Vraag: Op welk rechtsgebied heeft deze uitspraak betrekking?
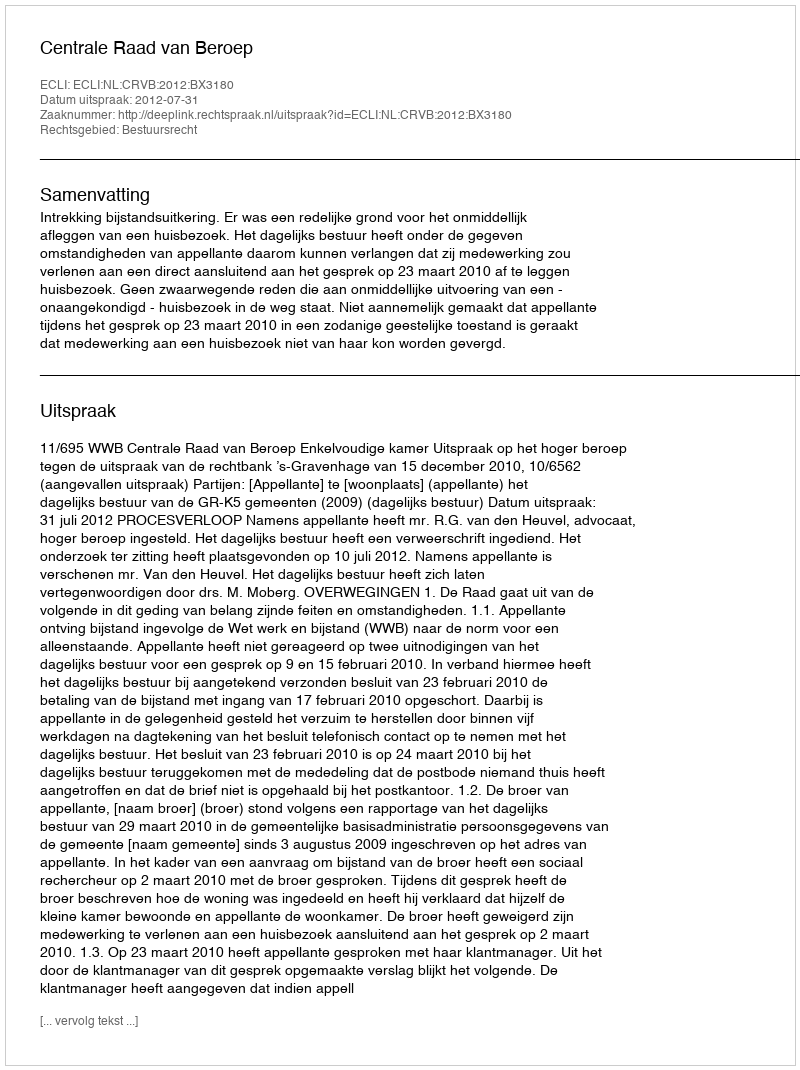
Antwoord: Bestuursrecht